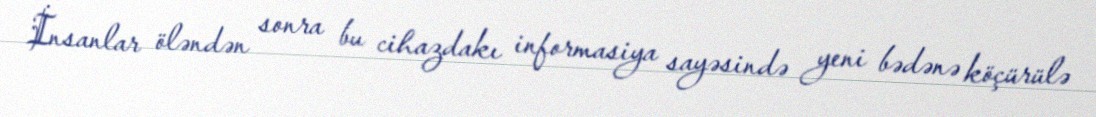
İnsanlar öləndən sonra bu cihazdakı informasiya sayəsində yeni bədənə köçürülə